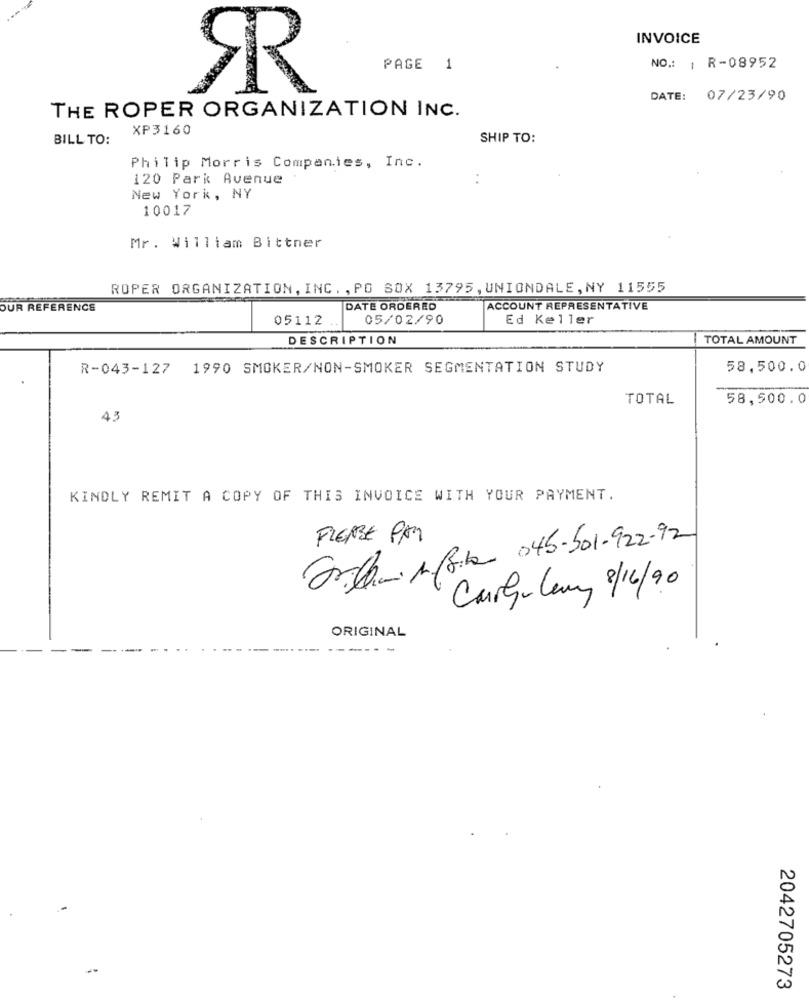
INVOICE
PAGE 1
NO .: | R-08952
SR
DATE: 07/23/90
THE ROPER ORGANIZATION INC.
XP3160
BILL TO:
SHIP TO:
Philip Morris Companies, Inc.
120 Park Avenue
:
New York, NY
10017
Mr. William Bittner
ROPER ORGANIZATION, INC . , PO SOX 13795, UNIONDALE, NY 11555
OUR REFERENCE
DATE ORDERED
ACCOUNT REPRESENTATIVE
05112
05/02/90
Ed Keller
DESCRIPTION
TOTAL AMOUNT
R-043-127 1990 SMOKER/NON-SMOKER SEGMENTATION STUDY
58,500.0
TOTAL
58,500.0
43
KINDLY REMIT A COPY OF THIS INVOICE WITH YOUR PAYMENT.
Ballin 1Pick 045-501-922-92
FLERBE PAR
Carl-Ceny 8/16/90
ORIGINAL
--..
2042705273